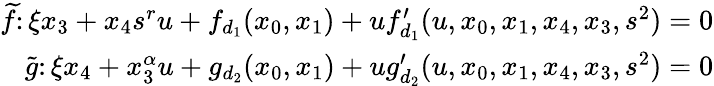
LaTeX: \begin{array}{r}{\widetilde{f}\colon\xi x_{3}+x_{4}s^{r}u+f_{d_{1}}(x_{0},x_{1})+uf_{d_{1}}^{\prime}(u,x_{0},x_{1},x_{4},x_{3},s^{2})=0}\\ {\widetilde{g}\colon\xi x_{4}+x_{3}^{\alpha}u+g_{d_{2}}(x_{0},x_{1})+ug_{d_{2}}^{\prime}(u,x_{0},x_{1},x_{4},x_{3},s^{2})=0}\end{array}